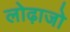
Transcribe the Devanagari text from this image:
लोढ़ाजो